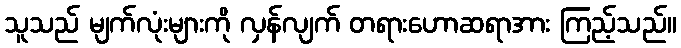
သူသည် မျက်လုံးများကို လှန်လျက် တရားဟောဆရာအား ကြည့်သည်။